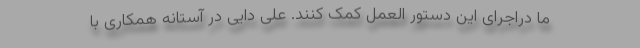
ما دراجرای این دستور العمل کمک کنند. علی دایی در آستانه همکاری با